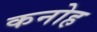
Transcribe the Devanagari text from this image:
कनोह